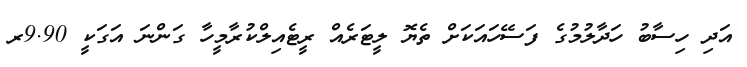
އަދި ހިސާބު ހަދާލުމުގެ ފަސޭހައަކަށް ތެޔޮ ލީޓަރެއް ރީޓެއިލްކުރާމީހާ ގަންނަ އަގަކީ 9.90ރ